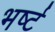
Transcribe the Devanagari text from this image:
भर्ष्ट